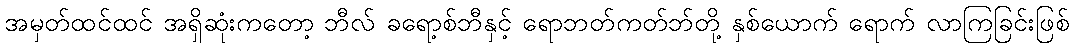
အမှတ်ထင်ထင် အရှိဆုံးကတော့ ဘီလ် ခရော့စ်ဘီနှင့် ရောဘတ်ကတ်ဘ်တို့ နှစ်ယောက် ရောက် လာကြခြင်းဖြစ်